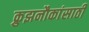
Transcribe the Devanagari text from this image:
क्रुझनौकांसाठी